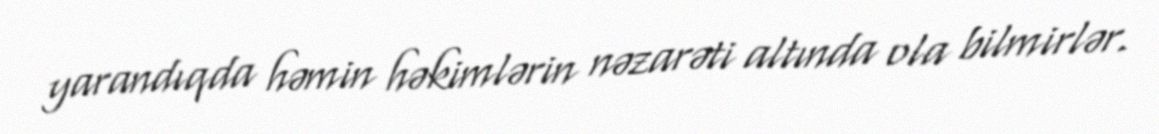
yarandıqda həmin həkimlərin nəzarəti altında ola bilmirlər.